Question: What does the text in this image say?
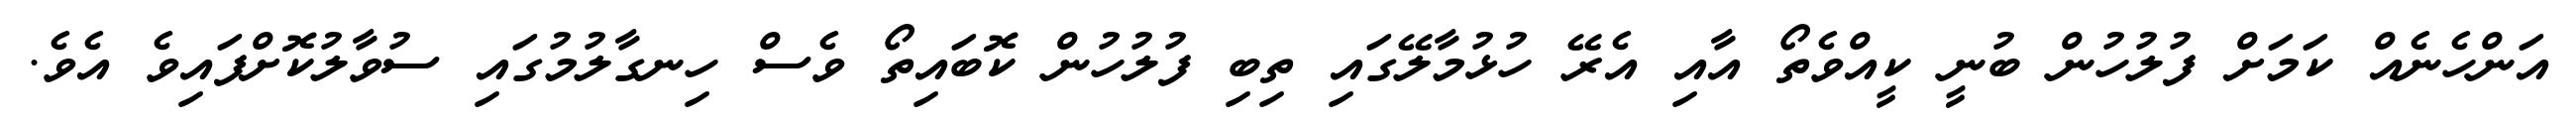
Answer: އަންހެނެއް ކަމަށް ފުލުހުން ބުނީ ކީއްވެތޯ އާއި އެރޭ ހުޅުމާލޭގައި ތިބި ފުލުހުން ކޮބައިތޯ ވެސް ހިނގާލުމުގައި ސުވާލުކޮށްފައިވެ އެވެ.